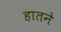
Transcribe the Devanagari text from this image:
हातने